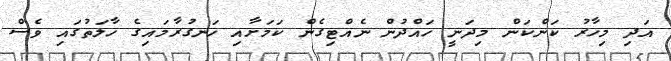
އަދި މިހާރު ކަންކަން މިދަނީ ހައްދުން ނެއްޓިގެން ކަމަށާއި ހަނގުރާމައިގެ ހާލަތުގައި ވެސް